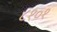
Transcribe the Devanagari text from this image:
८१०१